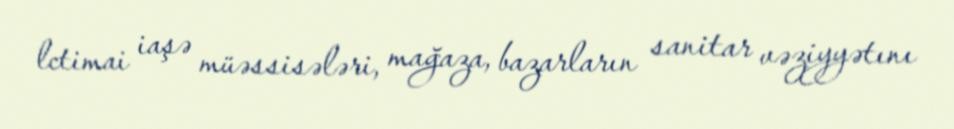
lctimai iaşə müəssisələri, mağaza, bazarların sanitar vəziyyətını